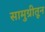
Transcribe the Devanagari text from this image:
सामुग्रीतून